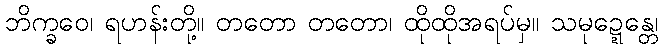
ဘိက္ခဝေ၊ ရဟန်းတို့။ တတော တတော၊ ထိုထိုအရပ်မှ။ သမုဍ္ဍေန္တေ၊